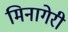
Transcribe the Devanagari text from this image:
मिनागेरी